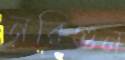
নরিগুন